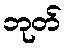
ဘုတ်